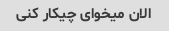
الان میخوای چیکار کنی